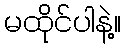
မထိုင်ပါနဲ့။